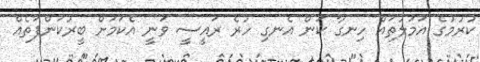
ކުރުމުގެ އަމަލުތައް ހިނގާ ކަން އެނގި ހުރެ ރައީސީ ވަނީ އެކަމަށް ބީރުކަންފަތެއް